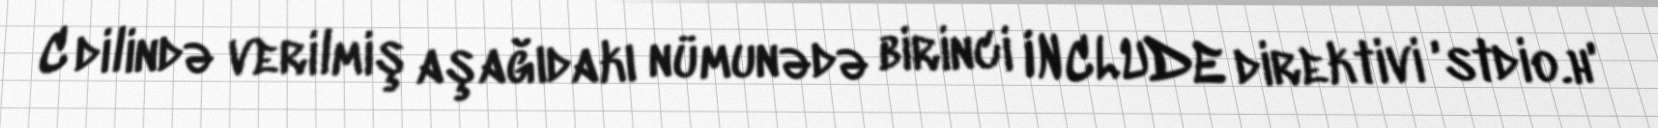
C dilində verilmiş aşağıdakı nümunədə birinci INCLUDE direktivi 'stdio.h'